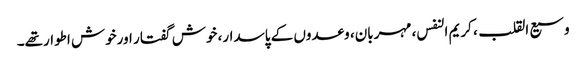
وسیع القلب، کریم النفس، مہربان، وعدوں کے پاسدار، خوش گفتار اورخوش اطوارتھے۔